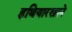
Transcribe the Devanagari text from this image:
हथियारखाने